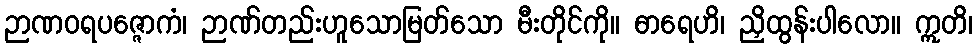
ဉာဏဝရပဇ္ဇောကံ၊ ဉာဏ်တည်းဟူသောမြတ်သော မီးတိုင်ကို။ ဓာရေဟိ၊ ညှိထွန်းပါလော။ ဣတိ၊